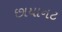
છાયાનટ